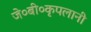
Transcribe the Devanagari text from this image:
जे०बी०कृपलानी